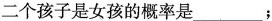
二个孩子是女孩的概率是___；